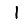
Digit: 1